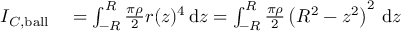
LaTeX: \begin{array} { r l } { I _ { C , { \mathrm { b a l l } } } } & { { } = \int _ { - R } ^ { R } { \frac { \pi \rho } { 2 } } r ( z ) ^ { 4 } \, \mathrm { d } z = \int _ { - R } ^ { R } { \frac { \pi \rho } { 2 } } \left( R ^ { 2 } - z ^ { 2 } \right) ^ { 2 } \, \mathrm { d } z } \end{array}